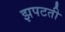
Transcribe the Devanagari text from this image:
झपटती